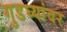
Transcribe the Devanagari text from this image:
गुडघ्यांवर